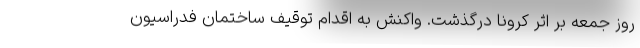
روز جمعه بر اثر کرونا درگذشت. واکنش به اقدام توقیف ساختمان فدراسیون